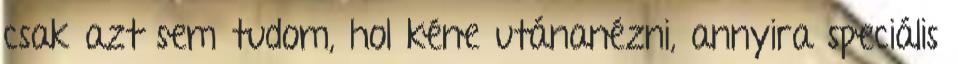
csak azt sem tudom, hol kéne utánanézni, annyira speciális